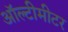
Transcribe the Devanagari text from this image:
ऑल्टीमीटर